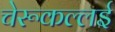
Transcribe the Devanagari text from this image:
चेरूकल्लई